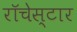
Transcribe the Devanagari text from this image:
रॉचेस्टार